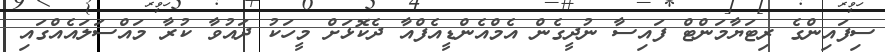
ސިފައިންގެ ރިޓަޔާމަންޓް ފައިސާ ނުދީގެން އެމްއެންޑީއެފްއާ ދެކޮޅަށް މީހަކު ދައުވާ ކުރާ މައްސަލައެއްގައި